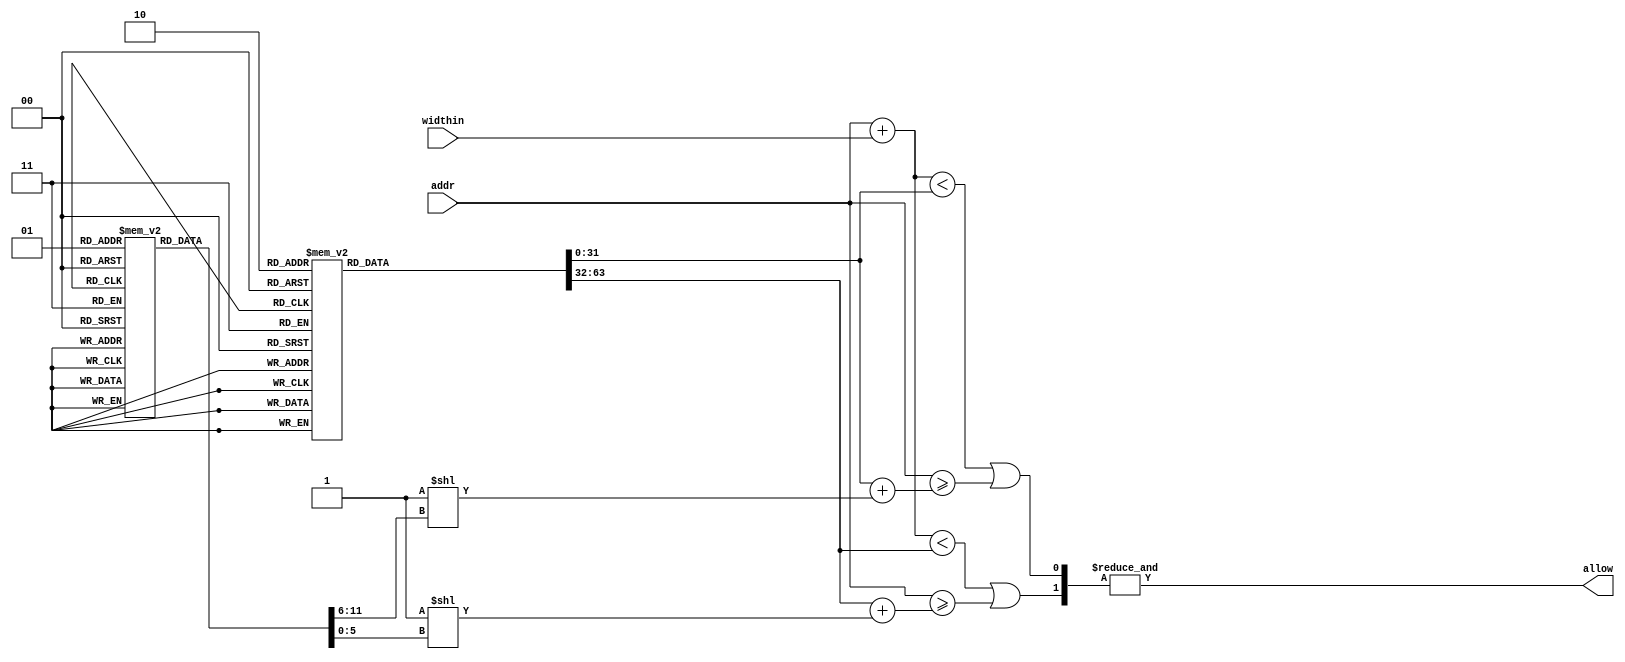
module IO_mask(
    input [31:0] addr,
    input [9:0] widthin,
    output allow// 1:yes 0:no

);
    localparam N=2;
    reg [31:0] base[0:N-1];reg [5:0]width[0:N-1];
    wire [N-1:0] allow_c;
    assign allow=&allow_c;
    initial
    begin
    base[0]=32'h1faf_0000;
    width[0]=6'd16;
    base[1]=32'hbfaf_0000;
    width[1]=6'd16;
    end
    genvar i;
    generate
    for(i=0;i<N;i=i+1)
    begin: gen_allow
    assign allow_c[i]=(addr+{22'b0,widthin}<base[i]) || (addr>=base[i]+(1<<width[i]));
    end
    endgenerate
endmodule